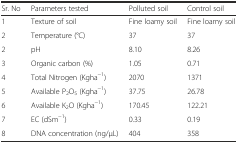
<table><thead><tr><td><b>Sr. No</b></td><td><b>Parameters tested</b></td><td><b>Polluted soil</b></td><td><b>Control soil</b></td></tr></thead><tbody><tr><td>1</td><td>Texture of soil</td><td>Fine loamy soil</td><td>Fine loamy soil</td></tr><tr><td>2</td><td>Temperature (°C)</td><td>37</td><td>37</td></tr><tr><td>2</td><td>pH</td><td>8.10</td><td>8.26</td></tr><tr><td>3</td><td>Organic carbon (%)</td><td>1.05</td><td>0.71</td></tr><tr><td>4</td><td>Total Nitrogen (Kgha<sup>−1</sup>)</td><td>2070</td><td>1371</td></tr><tr><td>5</td><td>Available P<sub>2</sub>O<sub>5</sub> (Kgha<sup>−1</sup>)</td><td>37.75</td><td>26.78</td></tr><tr><td>6</td><td>Available K<sub>2</sub>O (Kgha<sup>−1</sup>)</td><td>170.45</td><td>122.21</td></tr><tr><td>7</td><td>EC (dSm<sup>−1</sup>)</td><td>0.33</td><td>0.19</td></tr><tr><td>8</td><td>DNA concentration (ng/μL)</td><td>404</td><td>358</td></tr></tbody></table>